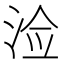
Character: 𰛲